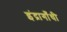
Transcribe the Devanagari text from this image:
इंद्रागाँधी